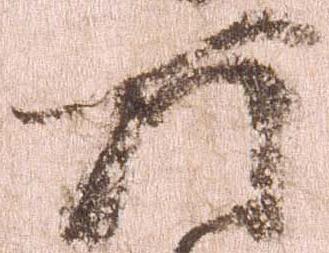
所